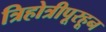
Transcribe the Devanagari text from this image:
त्रिहोत्रीपूरहून